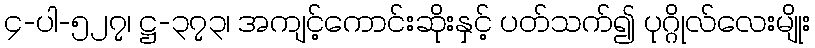
၄-ပါ-၅၂၇၊ ဋ္ဌ-၃၇၃၊ အကျင့်ကောင်းဆိုးနှင့် ပတ်သက်၍ ပုဂ္ဂိုလ်လေးမျိုး